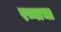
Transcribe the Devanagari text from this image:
रव्याचा